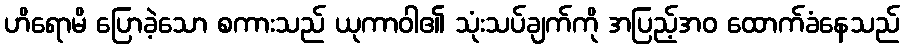
ဟိရောမိ ပြောခဲ့သော စကားသည် ယုကာဝါ၏ သုံးသပ်ချက်ကို အပြည့်အဝ ထောက်ခံနေသည်